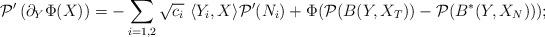
LaTeX: \begin{align*}\mathcal{P}'\left(\partial_Y\Phi(X)\right)=-\sum_{i=1,2}\sqrt{c_i}\ \langle Y_i,X\rangle \mathcal{P}'(N_i)+\Phi(\mathcal{P}(B(Y,X_T))-\mathcal{P}(B^*(Y,X_N)));\end{align*}